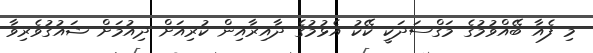
މި ފެއާ ބޭއްވުމުގެ މަގްސަދަކީ ކޭކު އެޅުމުގެ ދާއިރާއިން ކުރިއަށް ދިއުމަށް ޝައުގުވެރިވާ